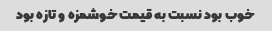
خوب بود نسبت به قیمت خوشمزه و تازه بود